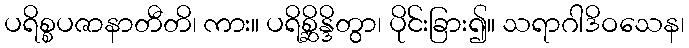
ပရိစ္စပဇာနာတီတိ၊ ကား။ ပရိစ္ဆိန္ဒိတွာ၊ ပိုင်းခြား၍။ သရာဂါဒိဝသေန၊